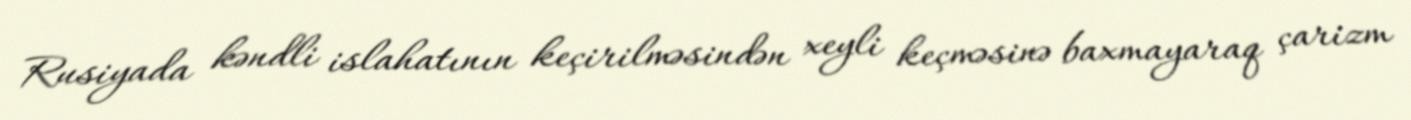
Rusiyada kəndli islahatının keçirilməsindən xeyli keçməsinə baxmayaraq çarizm